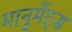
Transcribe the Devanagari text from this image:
मानुमेंट्स